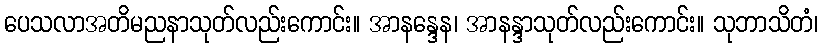
ပေသလာအတိမညနာသုတ်လည်းကောင်း။ အာနန္ဒေန၊ အာနန္ဒာသုတ်လည်းကောင်း။ သုဘာသိတံ၊